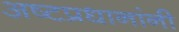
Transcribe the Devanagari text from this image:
अष्टप्रधानांनी